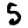
Digit: 5